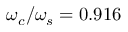
\omega _ { c } / \omega _ { s } = 0 . 9 1 6